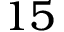
1 5